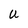
Character: U